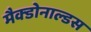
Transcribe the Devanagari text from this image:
मैक्डोनाल्डस